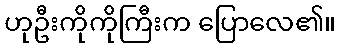
ဟုဦးကိုကိုကြီးက ပြောလေ၏။